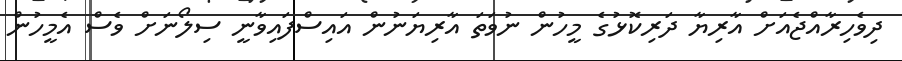
ދިވެހިރާއްޖެއަށް އާރިޔާ ދަރިކޮޅުގެ މީހުން ނުވަތަ އާރިޔަނުން އައިސްފައިވާނީ ސިލޯނަށް ވެސް އެމީހުން